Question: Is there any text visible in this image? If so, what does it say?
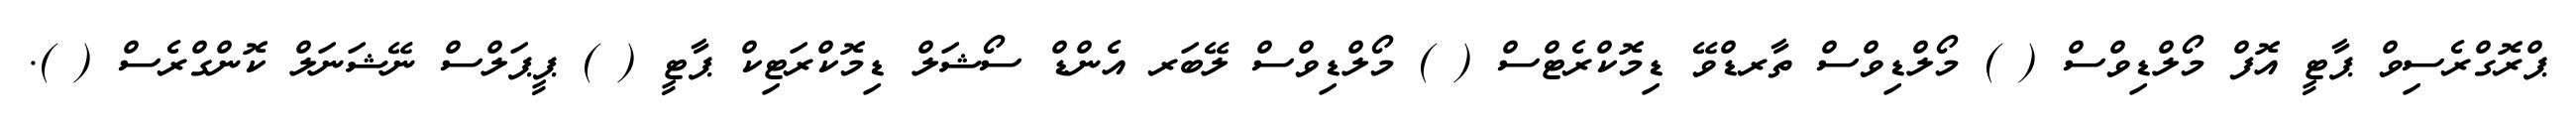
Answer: ޕްރޮގްރެސިވް ޕާޓީ އޮފް މޯލްޑިވްސް ( ) މޯލްޑިވްސް ތާރޑްވޭ ޑިމޮކްރެޓްސް ( ) މޯލްޑިވްސް ލޭބަރ އެންޑް ސޯޝަލް ޑިމޮކްރަޓިކް ޕާޓީ ( ) ޕީޕަލްސް ނޭޝަނަލް ކޮންގްރެސް ( ).